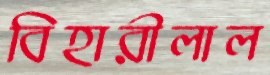
বিহারীলাল